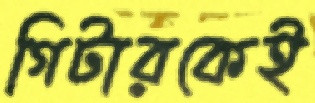
গিটারকেই